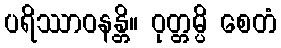
ပရိဿာဝနန္တိ။ ဝုတ္တမ္ပိ စေတံ